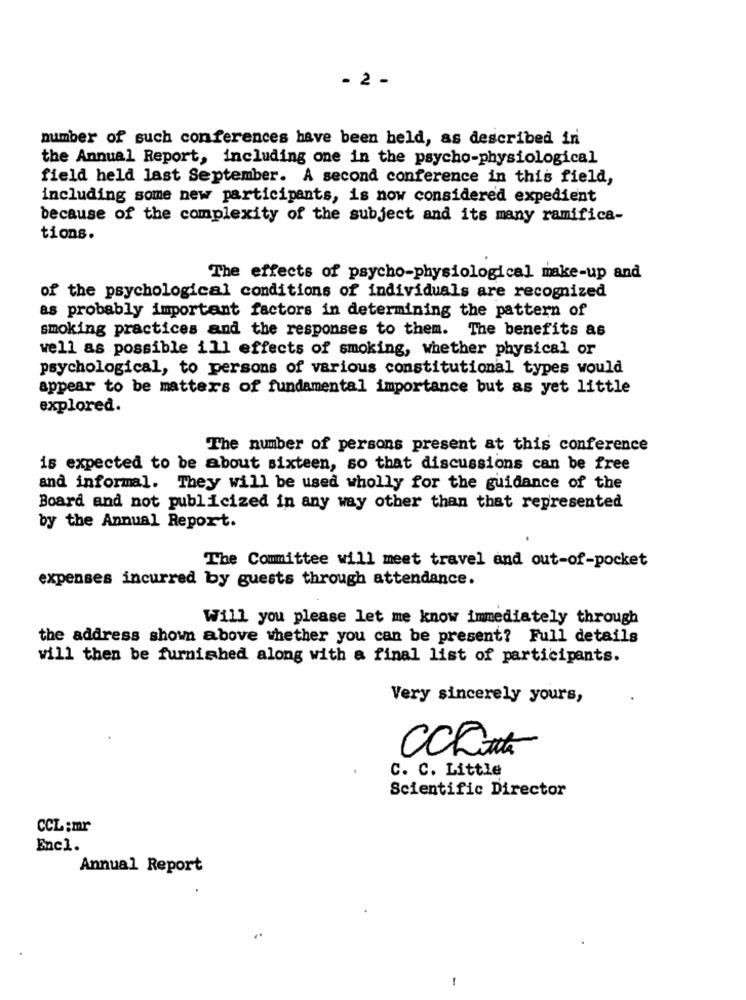
- 2 -
number of such conferences have been held, as described in
the Annual Report, including one in the psycho-physiological
field held last September. A second conference in this field,
including some new participants, is now considered expedient
because of the complexity of the subject and its many ramifica-
tions.
The effects of psycho-physiological make-up and
of the psychological conditions of individuals are recognized
as probably important factors in determining the pattern of
smoking practices and the responses to them. The benefits as
well as possible ill effects of smoking, whether physical or
psychological, to persons of various constitutional types would
appear to be matters of fundamental importance but as yet little
explored.
The number of persons present at this conference
is expected to be about sixteen, so that discussions can be free
and informal. They will be used wholly for the guidance of the
Board and not publicized in any way other than that represented
by the Annual Report.
The Committee will meet travel and out-of-pocket
expenses incurred by guests through attendance.
Will you please let me know immediately through
the address shown above whether you can be present? Full details
will then be furnished along with a final list of participants.
Very sincerely yours,
C. C. Little
Scientific Director
CCL : mr
Encl.
Annual Report
-